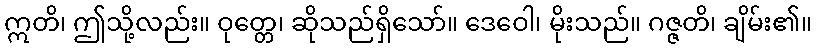
ဣတိ၊ ဤသို့လည်း။ ဝုတ္တေ၊ ဆိုသည်ရှိသော်။ ဒေဝေါ၊ မိုးသည်။ ဂဇ္ဇတိ၊ ချိမ်း၏။